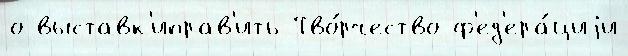
о выставк'иправ'ить Тво́рчество ф'ед'ера́циjи